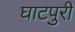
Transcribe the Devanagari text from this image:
घाटपुरी